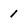
Character: 1